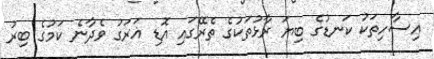
އިސާހިތަކު ކަނޑުގެ ބިޔަ ރާޅުތަކުގެ ތެރޭގައި އޮޑި ޣަރަގު ވެދާނެ ކަމުގެ ބިރު